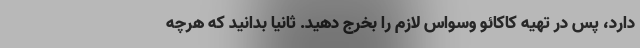
دارد، پس در تهیه کاکائو وسواس لازم را بخرج دهید. ثانیا بدانید که هرچه